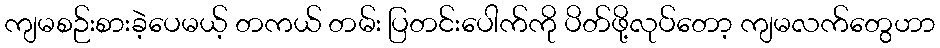
ကျမစဉ်းစားခဲ့ပေမယ့် တကယ် တမ်း ပြတင်းပေါက်ကို ပိတ်ဖို့လုပ်တော့ ကျမလက်တွေဟာ